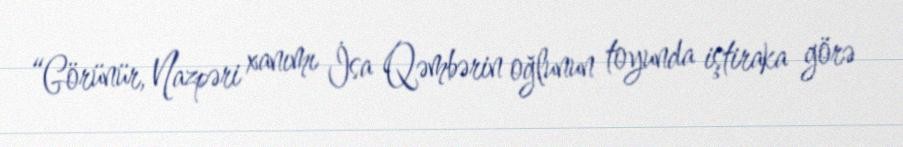
“Görünür, Nazpəri xanımı İsa Qəmbərin oğlunun toyunda iştiraka görə